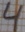
Text: 4